Leaving Certificate Examination (including Day School Certificate (Higher) General paper), 1932
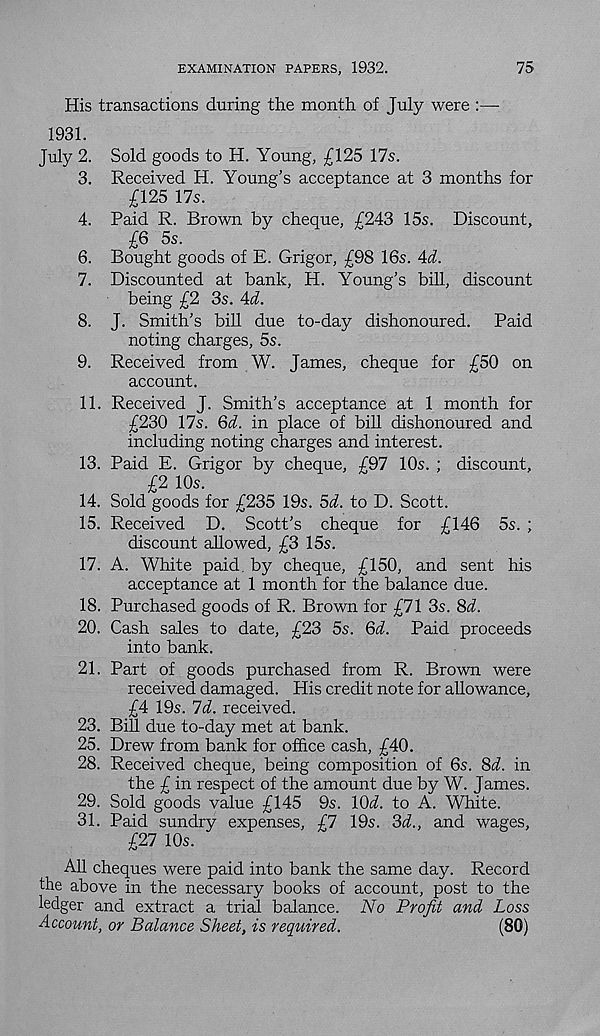
EXAMINATION PAPERS, 1932.
75
His transactions during the month of July were :—
1931.
July 2. Sold goods to H. Young, £125 17s.
3. Received H. Young’s acceptance at 3 months for
£125 17s.
4. Paid R. Brown by cheque, £243 15s. Discount,
£6 5s.
6. Bought goods of E. Grigor, £98 16s. Ad.
7. Discounted at bank, H. Young’s bill, discount
being £2 3s. Ad.
8. J. Smith’s bill due to-day dishonoured. Paid
noting charges, 5s.
9. Received from W. James, cheque for £50 on
account.
11. Received J. Smith’s acceptance at 1 month for
£230 17s. 6d. in place of bill dishonoured and
including noting charges and interest.
13. Paid E. Grigor by cheque, £97 10s. ; discount,
£2 10s.
14. Sold goods for £235 19s. 5d. to D. Scott.
15. Received D. Scott’s cheque for £146 5s. ;
discount allowed, £3 15s.
17. A. White paid, by cheque, £150, and sent his
acceptance at 1 month for the balance due.
18. Purchased goods of R. Brown for £71 3s. 8d.
20. Cash sales to date, £23 5s. 6d. Paid proceeds
into bank.
21. Part of goods purchased from R. Brown were
received damaged. His credit note for allowance,
£4 19s. 7d. received.
23. Bill due to-day met at bank.
25. Drew from bank for office cash, £40.
28. Received cheque, being composition of 6s. 8d. in
the £ in respect of the amount due by W. James.
29. Sold goods value £145 9s. lOi. to A. White.
31. Paid sundry expenses, £7 19s. 3d., and wages,
£27 10s.
All cheques were paid into bank the same day. Record
the above in the necessary books of account, post to the
ledger and extract a trial balance. No Profit and Loss
Account, or Balance Sheet, is required.
(80)